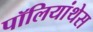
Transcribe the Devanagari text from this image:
पॉलियांथेस